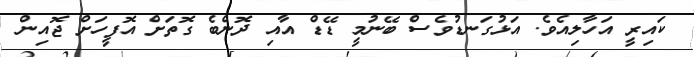
ކައިރީ އަހާލިއެވެ. އަޅުގަނޑުވެސް ބޭނުމީ ޑޭޑް އާއި ދޮންބެ ގޮތަށް އޮފީހަށް ޖޮއިން